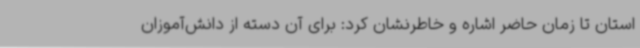
استان تا زمان حاضر اشاره و خاطرنشان کرد: برای آن دسته از دانش‌آموزان